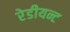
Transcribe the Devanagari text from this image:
रेडीयन्ट